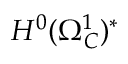
H ^ { 0 } ( \Omega _ { C } ^ { 1 } ) ^ { * }